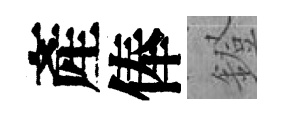
產俸鐙